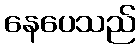
နေပေသည်